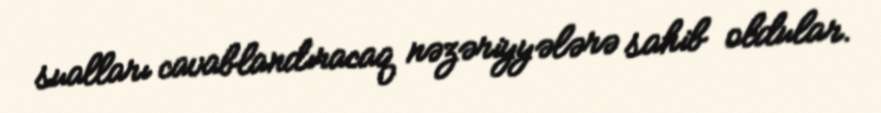
sualları cavablandıracaq nəzəriyyələrə sahib oldular.